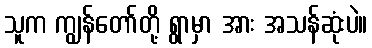
သူက ကျွန်တော်တို့ ရွာမှာ အား အသန်ဆုံးပဲ။